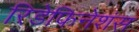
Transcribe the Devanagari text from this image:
रिडेफिनेशंस